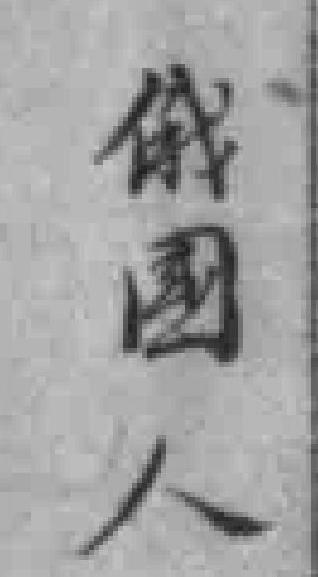
俄國人